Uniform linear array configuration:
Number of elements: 12
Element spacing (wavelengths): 0.75
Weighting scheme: hann
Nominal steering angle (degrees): -60
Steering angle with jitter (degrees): -60.852
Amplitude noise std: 0.05
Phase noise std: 0.05

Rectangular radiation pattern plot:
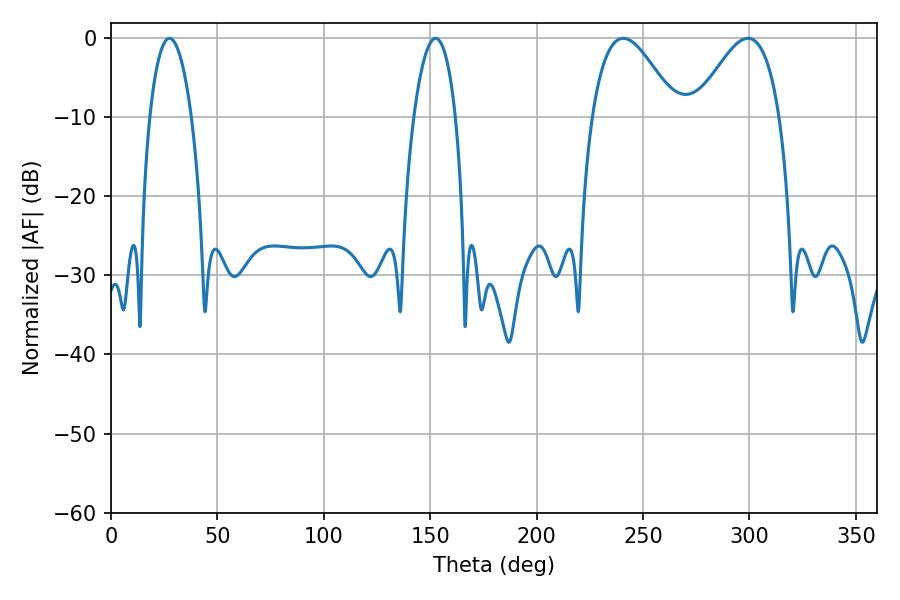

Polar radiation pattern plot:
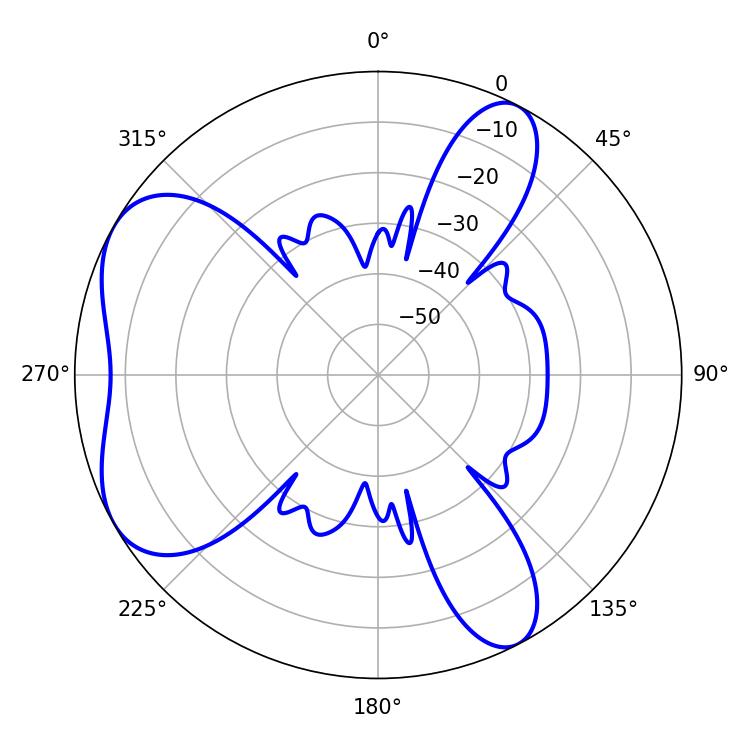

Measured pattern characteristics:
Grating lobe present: TRUE
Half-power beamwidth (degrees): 21.42
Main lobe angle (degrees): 240.66